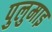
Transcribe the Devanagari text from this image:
पुलुमाइ